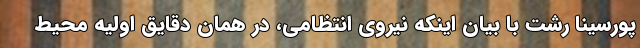
پورسینا رشت با بیان اینکه نیروی انتظامی، در همان دقایق اولیه محیط